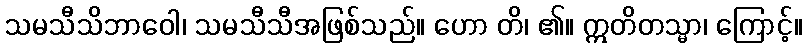
သမသီသိဘာဝေါ၊ သမသီသီအဖြစ်သည်။ ဟော တိ၊ ၏။ ဣတိတသ္မာ၊ ကြောင့်။